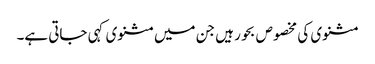
مثنوی کی مخصوص بحور ہیں جن میں مثنوی کہی جاتی ہے۔